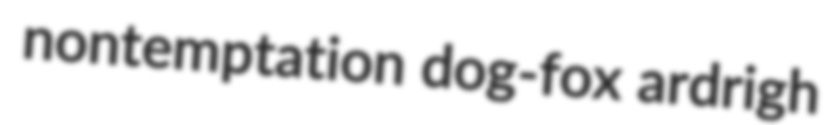
nontemptation dog-fox ardrigh